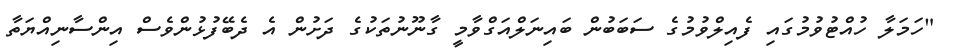
"ހަމަލާ ހުއްޓުވުމުގައި ފެއިލްވުމުގެ ސަބަބުން ބައިނަލްއަގްވާމީ ގާނޫނުތަކުގެ ދަށުން އެ ދެބޭފުޅުންވެސް އިންސާނިއްޔަތާ